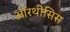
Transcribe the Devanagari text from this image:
ऑरथीसिस